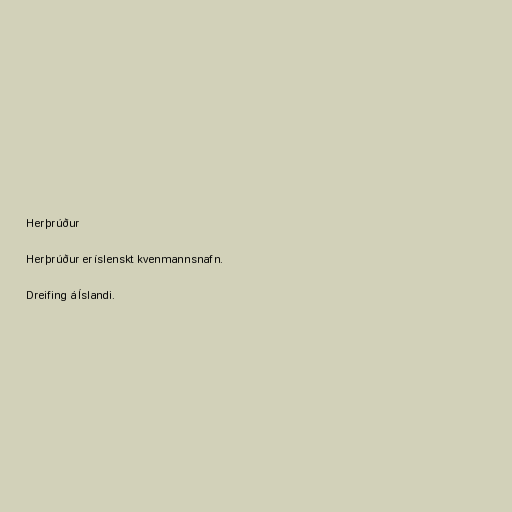
Herþrúður

Herþrúður er íslenskt kvenmannsnafn.

Dreifing á Íslandi.